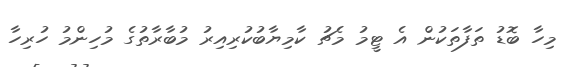
މިހާ ބޮޑު ތަފާތަކުން އެ ޓީމު މެޗު ކާމިޔާބުކުރިއިރު މުބާރާތުގެ މުހިންމު ހުރިހާ